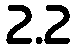
2.2